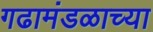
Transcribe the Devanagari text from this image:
गढामंडळाच्या